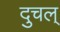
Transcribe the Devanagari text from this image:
दुचल्